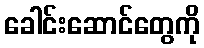
ခေါင်းဆောင်တွေကို